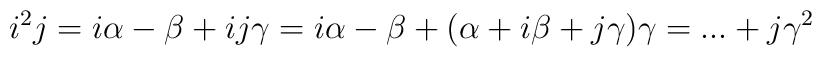
i^{2}j=i\alpha -\beta +ij\gamma=i\alpha -\beta +(\alpha +i\beta +j\gamma)\gamma = ... + j \gamma^{2}